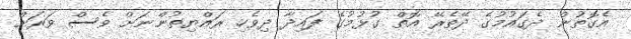
އެގޮތުން ދެގައުމުގެ ދޭތެރޭ އޮތް ގުޅުމުގެ ފައިދާ ދިވެހި ރައްޔިތުންނަށް ވެސް ވަރަށް